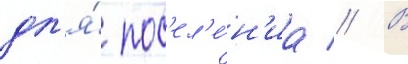
дл'я́ пос'ел'е́н'иа // В